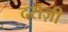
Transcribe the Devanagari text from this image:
दराज़ी